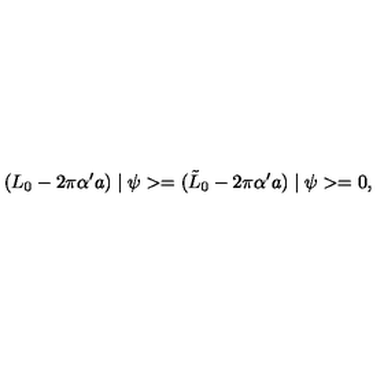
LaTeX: ( L _ { 0 } - 2 \pi \alpha ^ { \prime } a ) \mid \psi > = ( \tilde { L } _ { 0 } - 2 \pi \alpha ^ { \prime } a ) \mid \psi > = 0 ,